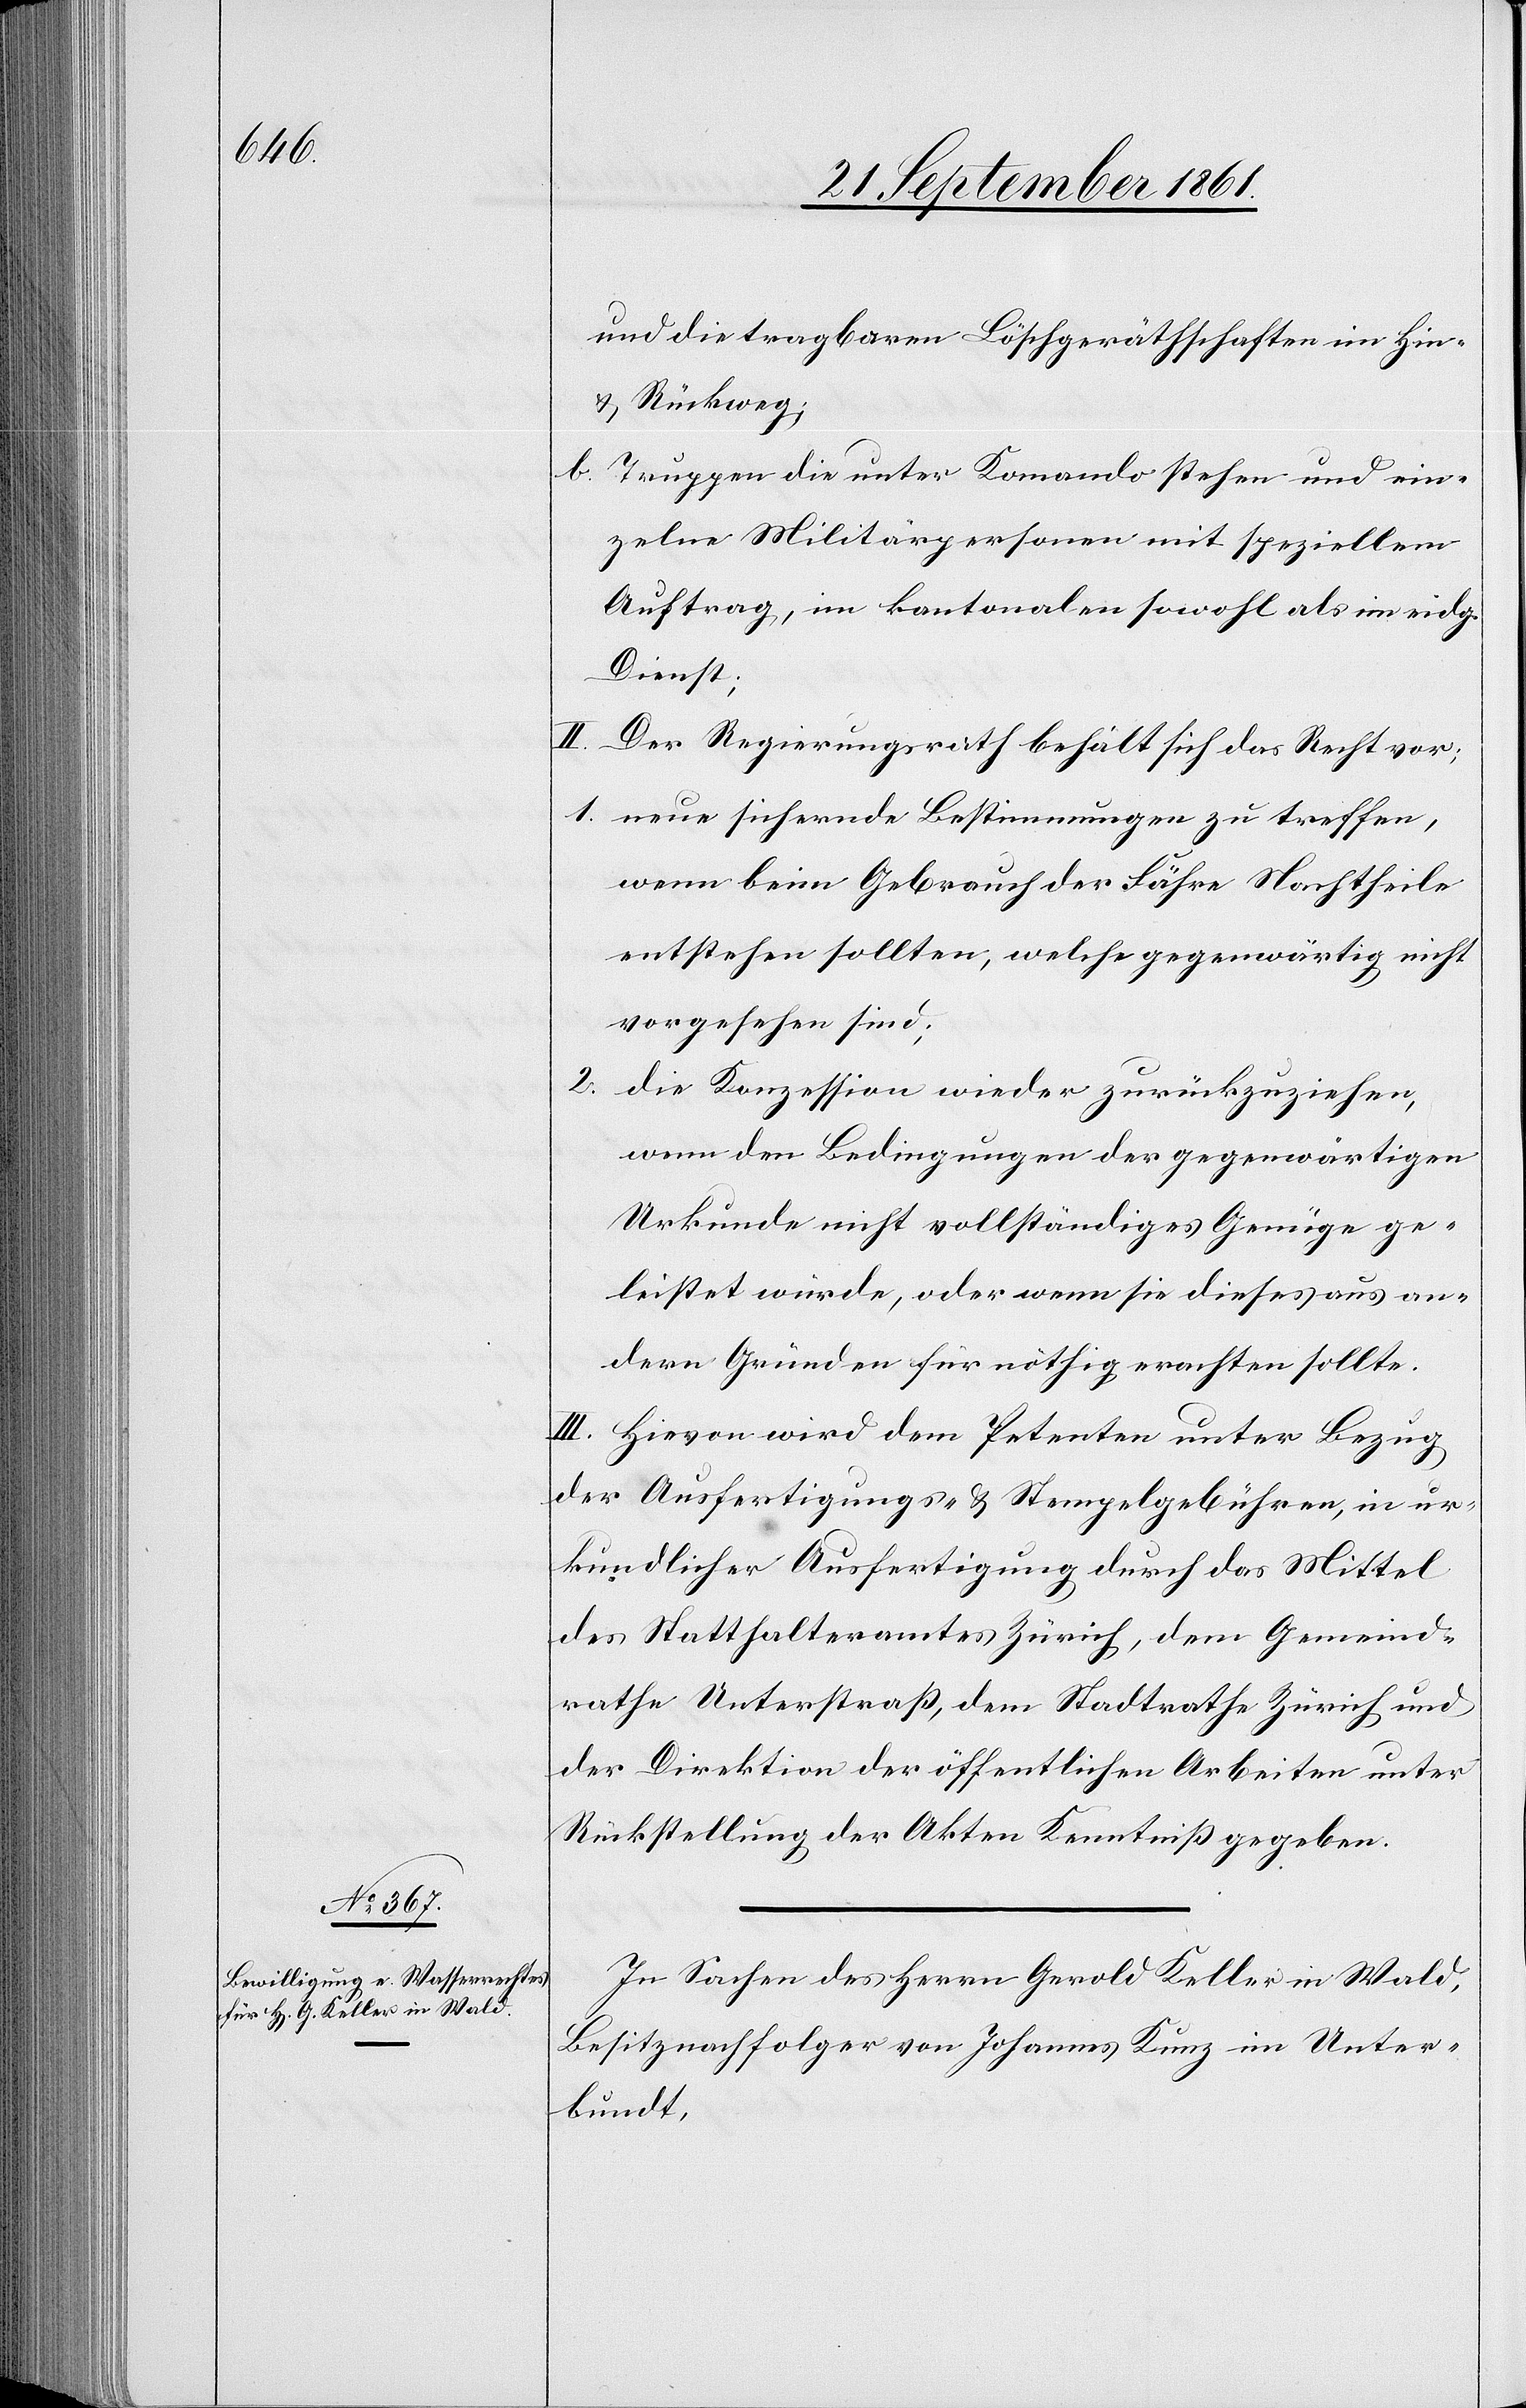
2.

und die tragbaren Löschgeräthschaften im Hin-
u. Rückweg;
b. Truppen die unter Kommando stehen und ein¬
zelne Militärpersonen mit speziellem
Auftrag, im kantonalen sowohl als im eidg.
Dienst;
II. Der Regierungsrath behält sich das Recht vor;
1. neue sichernde Bestimmungen zu treffen,
wenn beim Gebrauch der Fähre Nachtheile
entstehen sollten, welche gegenwärtig nicht
vorgesehen sind;
die Konzession wieder zurückzuziehen,
wenn den Bedingungen der gegenwärtigen
Urkunde nicht vollständiges Genüge ge¬
leistet würde, oder wenn sie dieses aus an¬
dern Gründen für nöthig erachten sollte.
III. Hievon wird dem Petenten unter Bezug
der Ausfertigungs- u. Stempelgebühren, in ur¬
kundlicher Ausfertigung durch das Mittel
des Statthalteramtes Zürich, dem Gemeind¬
rathe Unterstraß, dem Stadtrathe Zürich und
der Direktion der öffentlichen Arbeiten unter
Rückstellung der Akten Kenntniß gegeben.
In Sachen des Herrn Gerold Keller in Wald,
Besitznachfolger von Johannes Kunz im Unter¬
bundt,